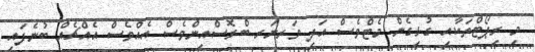
މި ރިޕޯޓްތަކާއި ގުޅިގެން މެޓްވެސް އަދި ވަރނަރ ބްރޮސްއިންވެސް އެއްވެސް އެއްޗެއް ބުނެފައި